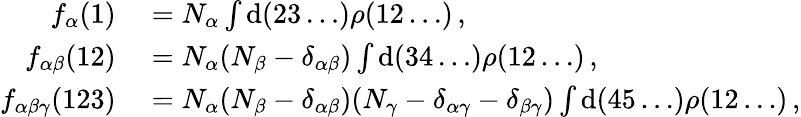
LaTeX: \begin{array}{rl}{f_{\alpha}(1)}&{{}=N_{\alpha}\int\mathrm{d}(23\ldots)\rho(12\ldots)\, ,}\\ {f_{\alpha\beta}(12)}&{{}=N_{\alpha}(N_{\beta}-\delta_{\alpha\beta})\int\mathrm{d}(34\ldots)\rho(12\ldots)\, ,}\\ {f_{\alpha\beta\gamma}(123)}&{{}=N_{\alpha}(N_{\beta}-\delta_{\alpha\beta})(N_{\gamma}-\delta_{\alpha\gamma}-\delta_{\beta\gamma})\int\mathrm{d}(45\ldots)\rho(12\ldots)\, ,}\end{array}